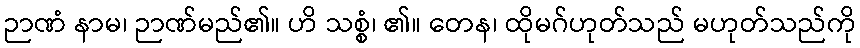
ဉာဏံ နာမ၊ ဉာဏ်မည်၏။ ဟိ သစ္စံ၊ ၏။ တေန၊ ထိုမဂ်ဟုတ်သည် မဟုတ်သည်ကို